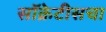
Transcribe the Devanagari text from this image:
सॉक्रेटीसचा